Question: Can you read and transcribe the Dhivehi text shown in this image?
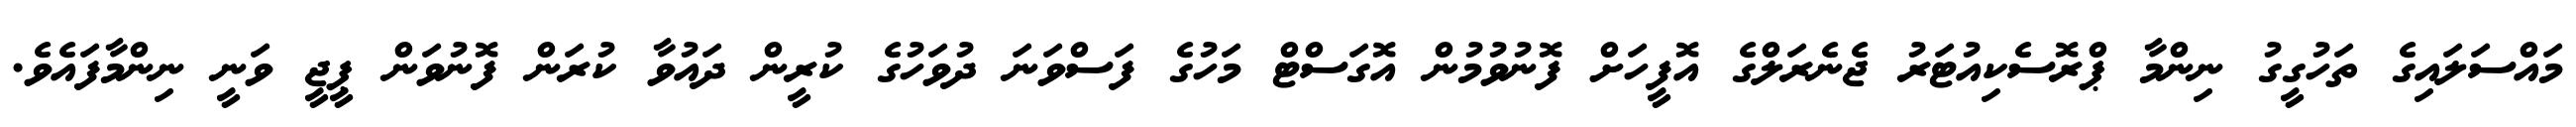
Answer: މައްސަލައިގެ ތަހުގީގު ނިންމާ ޕްރޮސެކިއުޓަރު ޖެނެރަލްގެ އޮފީހަށް ފޮނުވުމުން އޮގަސްޓް މަހުގެ ފަސްވަނަ ދުވަހުގެ ކުރީން ދައުވާ ކުރަން ފޮނުވަން ޕީޖީ ވަނީ ނިންމާފައެވެ.